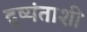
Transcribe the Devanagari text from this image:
दुष्यंताशी